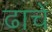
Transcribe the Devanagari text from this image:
ढाचें